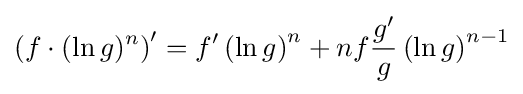
\left(f\cdot (\ln g)^{n}\right)^{\prime }=f^{\prime }\left(\ln g\right)^{n}+nf{\frac {g^{\prime }}{g}}\left(\ln g\right)^{n-1}